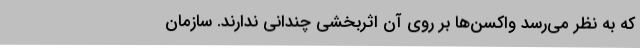
که به نظر می‌رسد واکسن‌ها بر روی آن اثربخشی چندانی ندارند. سازمان